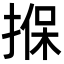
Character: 㨐